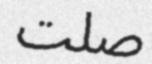
صلت